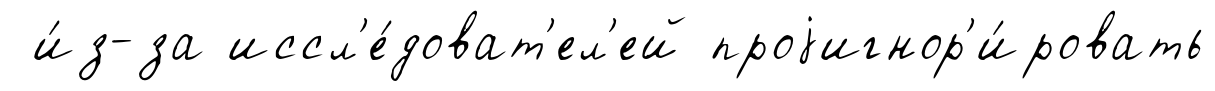
и́з-за иссл'е́доват'ел'ей проjигнор'и́ровать